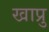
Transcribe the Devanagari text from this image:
खाप्रु